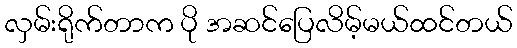
လှမ်းရိုက်တာက ပို အဆင်ပြေလိမ့်မယ်ထင်တယ်